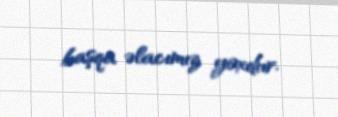
başqa əlacımız yoxdur.